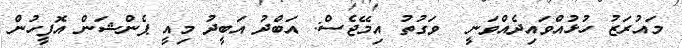
މައުރަޒު ހުޅުއްވައިދެއްވަނީ  ވަގުތު އިމޭޖެސް: އަބްދު އަބީދު މިއީ ޕެންޝަން އޮފީހުން